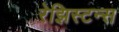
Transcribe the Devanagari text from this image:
रेझिस्टन्स